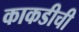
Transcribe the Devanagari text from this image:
काकडीची